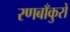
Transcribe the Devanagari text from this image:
रणबाँकुरों